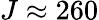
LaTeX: J\approx 260